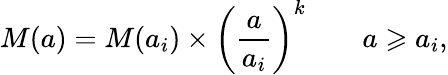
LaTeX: M(a)=M(a_{i})\times\left(\frac{a}{a_{i}}\right)^{k}\qquad a\geqslant a_{i},